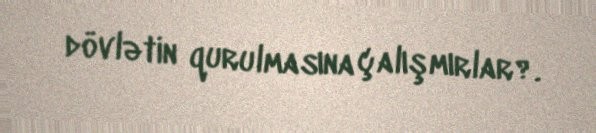
dövlətin qurulmasına çalışmırlar?.